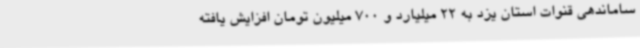
ساماندهی قنوات استان یزد به 22 میلیارد و 700 میلیون تومان افزایش یافته